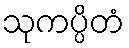
သုကပ္ပိတံ